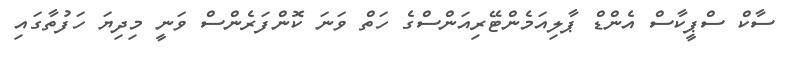
ސާކް ސްޕީކާސް އެންޑް ޕާލިއަމެންޓޭރިއަންސްގެ ހަތް ވަނަ ކޮންފަރެންސް ވަނީ މިދިޔަ ހަފުތާގައި